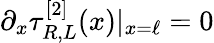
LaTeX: \partial_{x}\tau_{R,L}^{[2]}(x)|_{x=\ell}=0